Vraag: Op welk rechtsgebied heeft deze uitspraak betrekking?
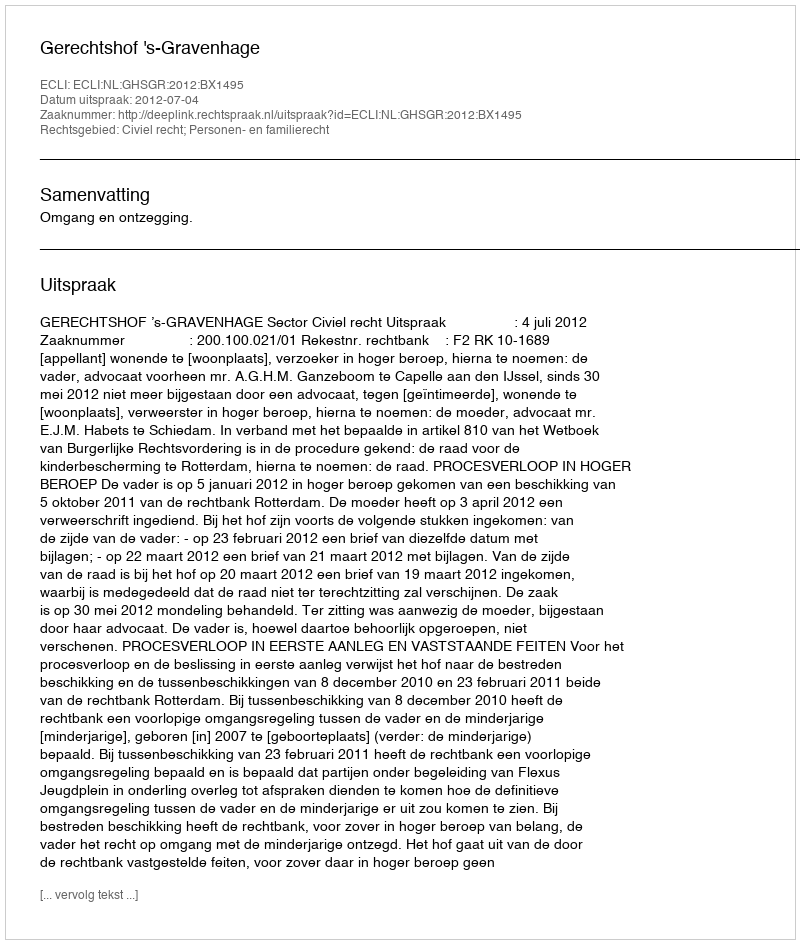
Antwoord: Civiel recht; Personen- en familierecht